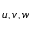
u , v , w